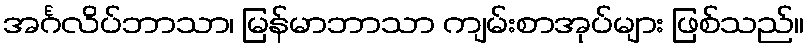
အင်္ဂလိပ်ဘာသာ၊ မြန်မာဘာသာ ကျမ်းစာအုပ်များ ဖြစ်သည်။